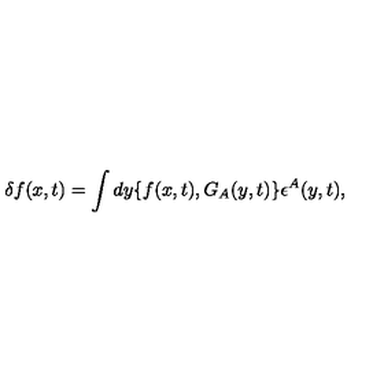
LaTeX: \delta f ( x , t ) = \int d y \{ f ( x , t ) , G _ { A } ( y , t ) \} \epsilon ^ { A } ( y , t ) ,